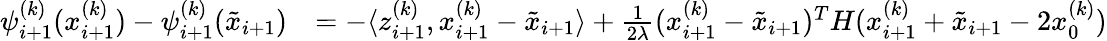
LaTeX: \begin{array}{rl}{\psi_{i+1}^{(k)}(x_{i+1}^{(k)})-\psi_{i+1}^{(k)}(\tilde{x}_{i+1})}&{=-\langle z_{i+1}^{(k)},x_{i+1}^{(k)}-\tilde{x}_{i+1}\rangle+\frac{1}{2\lambda}(x_{i+1}^{(k)}-\tilde{x}_{i+1})^{T}H(x_{i+1}^{(k)}+\tilde{x}_{i+1}-2x_{0}^{(k)})}\end{array}